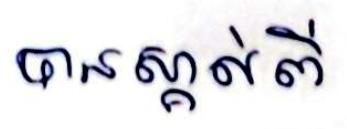
បានស្គាល់ពី